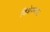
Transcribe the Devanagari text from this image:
विशेषआज्ञा